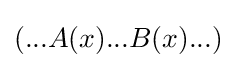
(...A(x)...B(x)...)